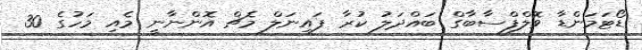
ޑޯޓަމަންޑާ ވޮލްފްސާބާގް ބައްދަލު ކުރާ ފައިނަލް މެޗް އޮންނާނީ މެއި މަހުގެ 30